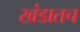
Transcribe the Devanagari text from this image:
खंडातच